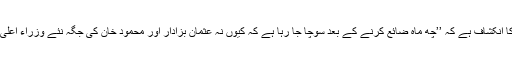
بھٹی صاحب کا انکشاف ہے کہ ’’چھ ماہ ضائع کرنے کے بعد سوچا جا رہا ہے کہ کیوں نہ عثمان بزادار اور محمود خان کی جگہ نئے وزراء اعلیٰ لائے جائیں‘‘۔